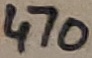
Text: 470